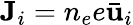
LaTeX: {\mathbf{J}}_{i}=n_{e}e{\mathbf{\bar{u}}}_{i}